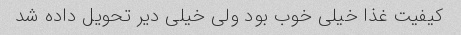
کیفیت غذا خیلی خوب بود ولی خیلی دیر تحویل داده شد